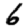
Digit: 6